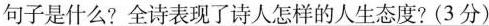
句子是什么?全诗表现了诗人怎样的人生态度?(3分)